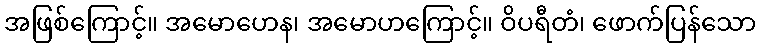
အဖြစ်ကြောင့်။ အမောဟေန၊ အမောဟကြောင့်။ ဝိပရီတံ၊ ဖောက်ပြန်သော